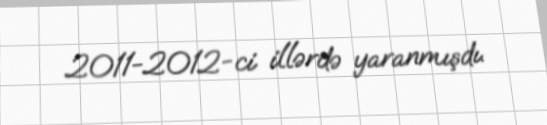
2011-2012-ci illərdə yaranmışdı.